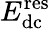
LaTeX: E_{\mathrm{dc}}^{\mathrm{res}}